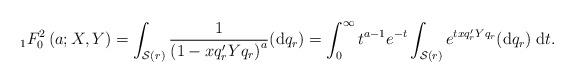
LaTeX: \begin{align*}{}_1F^2_0\left(a;X,Y\right) = \int_{\mathcal{S}(r)}\frac{1}{\left(1-x q_r' Y q_r\right)^a}({\rm d} q_r) = \int_0^\infty t^{a-1} e^{-t} \int_{\mathcal{S}(r)} e^{txq_r' Y q_r} ({\rm d} q_r) \;{\rm d}t.\end{align*}